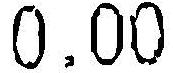
0.00